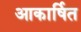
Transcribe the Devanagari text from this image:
आकार्षित